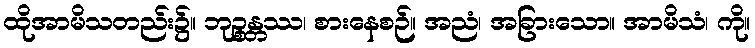
ထိုအာမိသတည်း၌။ ဘုဉ္စန္တဿ၊ စားနေစဉ်။ အညံ၊ အခြားသော။ အာမိသံ၊ ကို။